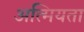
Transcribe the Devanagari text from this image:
अत्मियता